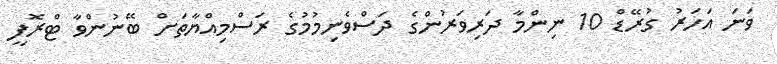
ވަނަ އަހަރު ގުރޭޑް 10 ނިންމާ ދަރިވަރުންގެ ދަސްވެނިމުމުގެ ރަސްމިއްޔާތަށް ބޭނުންވާ ޓްރޮފީ